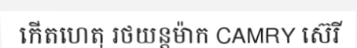
កើតហេតុ រថយន្តម៉ាក CAMRY ស៊េរី